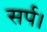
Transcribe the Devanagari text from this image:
सर्प।